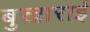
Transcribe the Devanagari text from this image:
बुखाराई